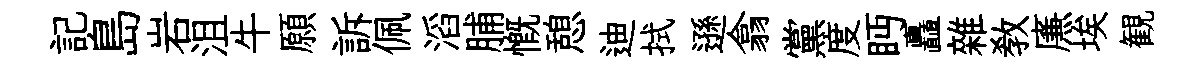
記島岩沮牛願訴佩滔脯慨憩迪拭遜翕黨度眄矗雜敎㢘埃観